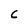
Character: C